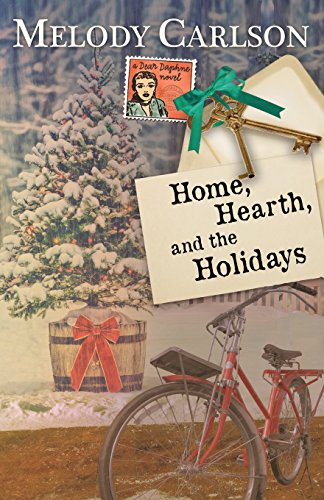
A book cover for Home, Hearth, and the Holidays (A Dear Daphne Novel); Melody Carlson; Christian Books & Bibles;